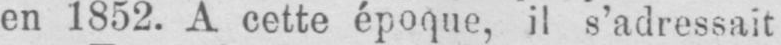
en 1852. A cette époque, il s’adressait